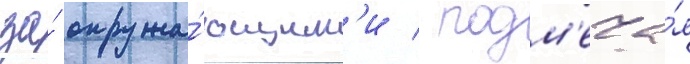
за́ окружа́ющим'и / подм'еча́я